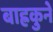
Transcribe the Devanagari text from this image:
बाह्रकुने